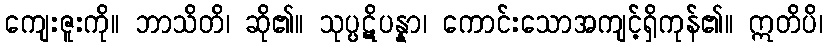
ကျေးဇူးကို။ ဘာသိတိ၊ ဆို၏။ သုပ္ပဋိပန္နာ၊ ကောင်းသောအကျင့်ရှိကုန်၏။ ဣတိပိ၊